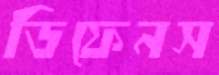
ডিফেনস